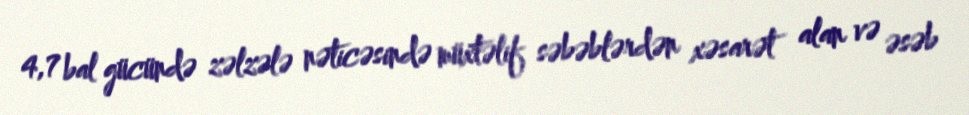
4,7 bal gücündə zəlzələ nəticəsində müxtəlif səbəblərdən xəsarət alan və əsəb